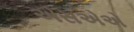
એસએએ